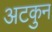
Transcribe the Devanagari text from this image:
अटकुन